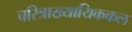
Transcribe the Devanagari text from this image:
चरित्राख्यायिककल